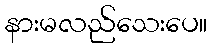
နားမလည်သေးပေ။